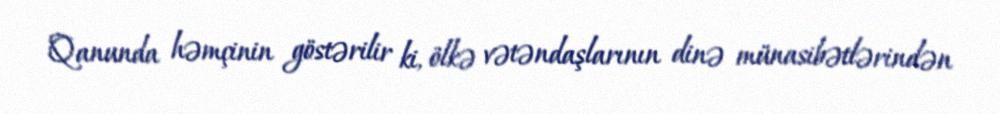
Qanunda həmçinin göstərilir ki, ölkə vətəndaşlarının dinə münasibətlərindən